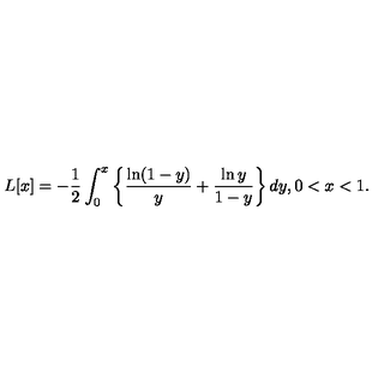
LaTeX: L [ x ] = - \frac { 1 } { 2 } \int _ { 0 } ^ { x } \left\{ \frac { \ln ( 1 - y ) } { y } + \frac { \ln y } { 1 - y } \right\} d y , 0 < x < 1 .